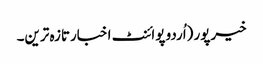
خیرپور (اُردو پوائنٹ اخبارتازہ ترین۔